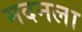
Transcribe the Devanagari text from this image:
मदनला